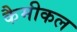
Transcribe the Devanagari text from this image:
कैमीकल